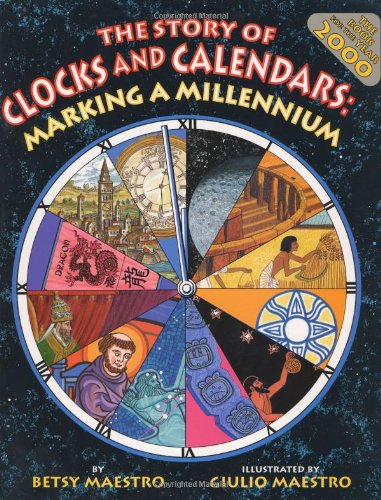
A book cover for The Story of Clocks and Calendars : Marking a Millennium; Betsy Maestro; Calendars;